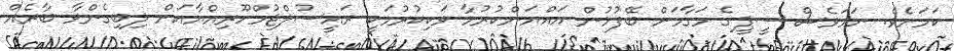
ކަމަށެވެ. ނަމަވެސް ސީޕީގެ މަގާމަށް ބޭފުޅުން އައްޔަންކުރުމާ ވަކިކުރުމަކީ ރައީސުލްޖުމްހޫރިއްޔާއަށް ލިބިގެންވާ ބާރެއް